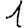
Digit: 1